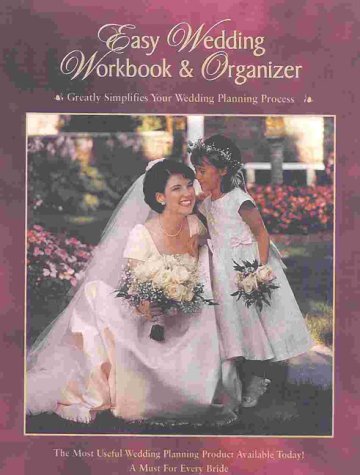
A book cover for Easy Wedding Workbook & Organizer; Elizabeth and Alex Lluch; Crafts, Hobbies & Home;